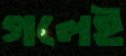
গলেই